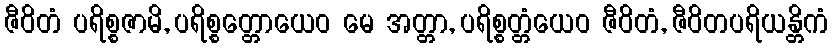
ဇီဝိတံ ပရိစ္စဇာမိ, ပရိစ္စတ္တောယေဝ မေ အတ္တာ, ပရိစ္စတ္တံယေဝ ဇီဝိတံ, ဇီဝိတပရိယန္တိကံ